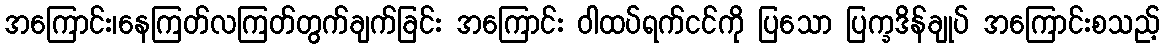
အကြောင်း၊နေကြတ်လကြတ်တွက်ချက်ခြင်း အကြောင်း ဝါထပ်ရက်ငင်ကို ပြသော ပြက္ခဒိန်ချုပ် အကြောင်းစသည့်